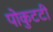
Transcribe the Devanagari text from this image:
पोकुटटी